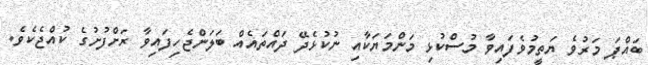
ބައްޕަ މަރުވެ ޔަތީމުވެފައިވާ މުސްކުޅި މަންމަޔަކާއި ނުކުޅެދޭ ދައްތައެއް ބަލަންޖެހިފައިވާ ރަށްފުށުގެ ކުއްޖެކެވެ.